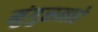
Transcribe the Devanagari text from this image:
मुंगुसमारे